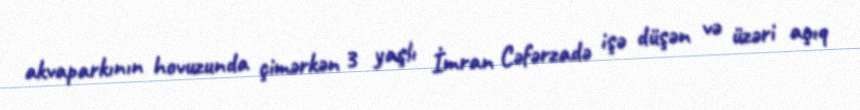
akvaparkının hovuzunda çimərkən 3 yaşlı İmran Cəfərzadə işə düşən və üzəri açıq